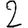
Digit: 2